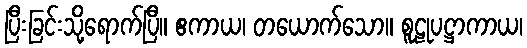
ပြီးခြင်းသို့ရောက်ပြီ။ ဧကာယ၊ တယောက်သော။ စူဠုပဋ္ဌာကာယ၊